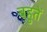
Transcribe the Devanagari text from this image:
बहुतें